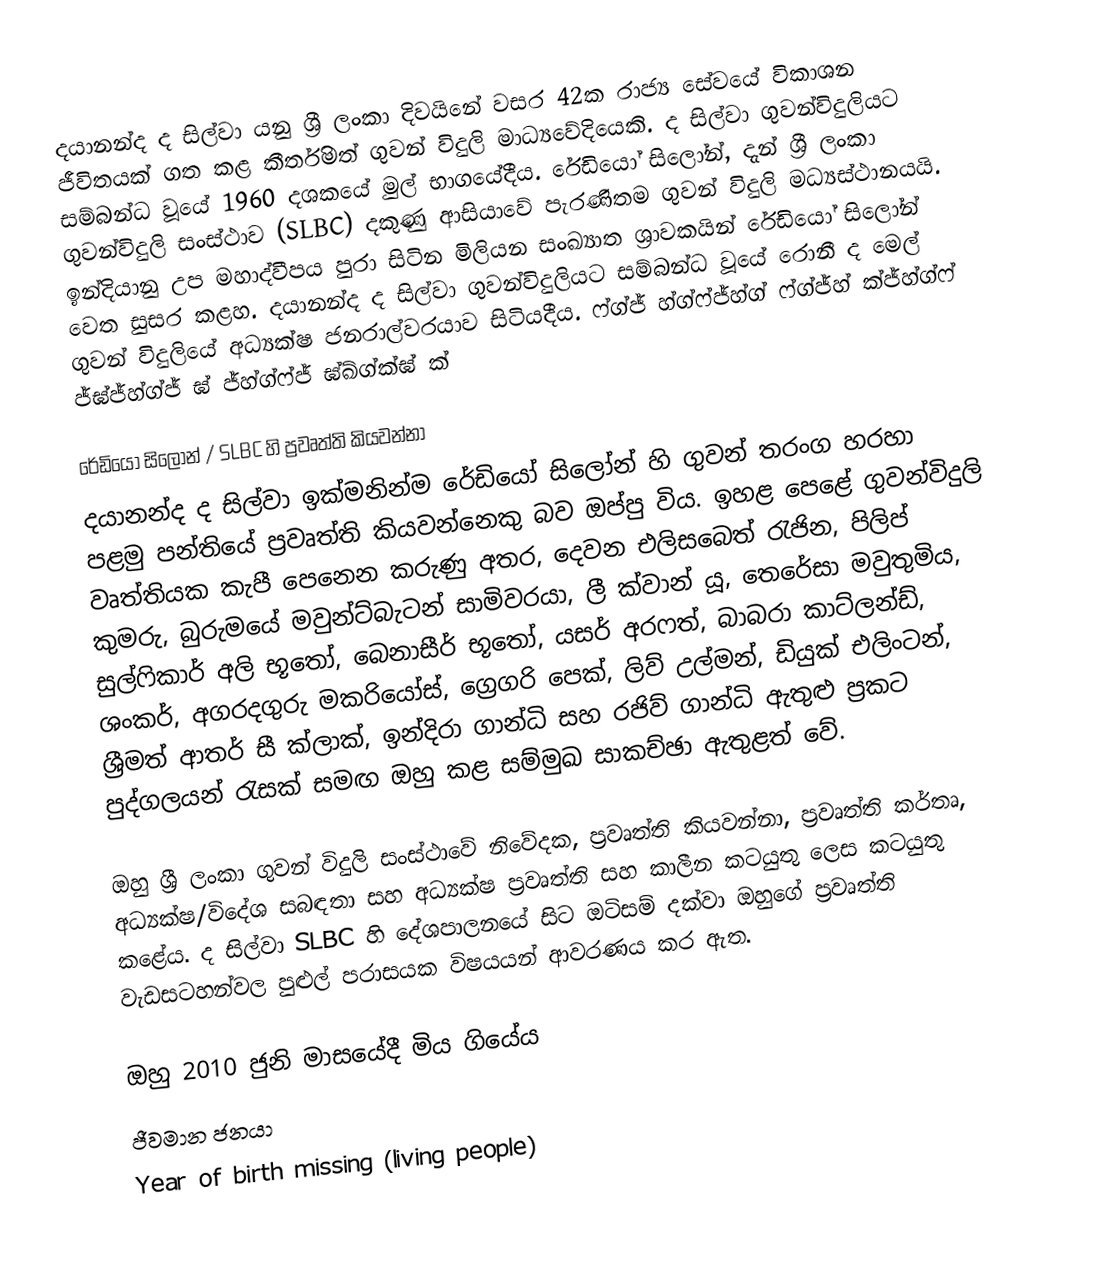
දයානන්ද ද සිල්වා යනු ශ්‍රී ලංකා දිවයිනේ වසර 42ක රාජ්‍ය සේවයේ විකාශන ජීවිතයක් ගත කළ කීර්තිමත් ගුවන් විදුලි මාධ්‍යවේදියෙකි. ද සිල්වා ගුවන්විදුලියට සම්බන්ධ වූයේ 1960 දශකයේ මුල් භාගයේදීය. රේඩියෝ සිලෝන්, දැන් ශ්‍රී ලංකා ගුවන්විදුලි සංස්ථාව (SLBC) දකුණු ආසියාවේ පැරණිතම ගුවන් විදුලි මධ්‍යස්ථානයයි. ඉන්දියානු උප මහාද්වීපය පුරා සිටින මිලියන සංඛ්‍යාත ශ්‍රාවකයින් රේඩියෝ සිලෝන් වෙත සුසර කළහ. දයානන්ද ද සිල්වා ගුවන්විදුලියට සම්බන්ධ වූයේ රොනී ද මෙල් ගුවන් විදුලියේ අධ්‍යක්ෂ ජනරාල්වරයාව සිටියදීය. ෆ්ග්ජ් හ්ග්ෆ්ජ්හ්ග් ෆ්ග්ජ්හ් ක්ජ්හ්ග්ෆ් ජ්ඝ්ජ්හ්ග්ජ් ඝ් ජ්හ්ග්ෆ්ජ් ඝ්ඛ්ග්ක්ඝ් ක්

රේඩියෝ සිලෝන් / SLBC හි ප්‍රවෘත්ති කියවන්නා
දයානන්ද ද සිල්වා ඉක්මනින්ම රේඩියෝ සිලෝන් හි ගුවන් තරංග හරහා පළමු පන්තියේ ප්‍රවෘත්ති කියවන්නෙකු බව ඔප්පු විය. ඉහළ පෙළේ ගුවන්විදුලි වෘත්තියක කැපී පෙනෙන කරුණු අතර, දෙවන එලිසබෙත් රැජින, පිලිප් කුමරු, බුරුමයේ මවුන්ට්බැටන් සාමිවරයා, ලී ක්වාන් යූ, තෙරේසා මවුතුමිය, සුල්ෆිකාර් අලි භූතෝ, බෙනාසීර් භූතෝ, යසර් අරෆත්, බාබරා කාට්ලන්ඩ්, ශංකර්, අගරදගුරු මකරියෝස්, ග්‍රෙගරි පෙක්, ලිව් උල්මන්, ඩියුක් එලිංටන්, ශ්‍රීමත් ආතර් සී ක්ලාක්, ඉන්දිරා ගාන්ධි සහ රජිව් ගාන්ධි ඇතුළු ප්‍රකට පුද්ගලයන් රැසක් සමඟ ඔහු කළ සම්මුඛ සාකච්ඡා ඇතුළත් වේ.

ඔහු ශ්‍රී ලංකා ගුවන් විදුලි සංස්ථාවේ නිවේදක, ප්‍රවෘත්ති කියවන්නා, ප්‍රවෘත්ති කර්තෘ, අධ්‍යක්ෂ/විදේශ සබඳතා සහ අධ්‍යක්ෂ ප්‍රවෘත්ති සහ කාලීන කටයුතු ලෙස කටයුතු කළේය. ද සිල්වා SLBC හි දේශපාලනයේ සිට ඔටිසම් දක්වා ඔහුගේ ප්‍රවෘත්ති වැඩසටහන්වල පුළුල් පරාසයක විෂයයන් ආවරණය කර ඇත.

ඔහු 2010 ජුනි මාසයේදී මිය ගියේය
ජීවමාන ජනයා
Year of birth missing (living people)